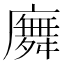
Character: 𢋑